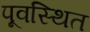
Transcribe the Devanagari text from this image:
पूवस्थित